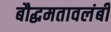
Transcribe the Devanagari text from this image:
बौद्धमतावलंबी